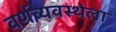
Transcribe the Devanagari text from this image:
वर्णव्यवस्थेला